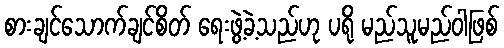
စားချင်သောက်ချင်စိတ် ရေးဖွဲ့ခဲ့သည်ဟု ပရို မည်သူမည်ဝါဖြစ်